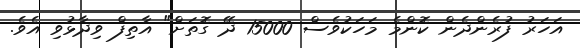
އަހަރު ފުރެންދެން ކޮންމެ މަހަކުވެސް 15000 ދޭ ގޮތަށް" އާތިފް ވިދާޅުވި އެވެ.